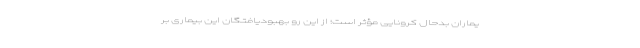
یماران بدحال کرونایی مؤثر است؛ از این رو بهبودیافتگان این بیماری بر